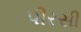
પીરસી